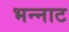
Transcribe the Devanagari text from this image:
भन्‍नाट